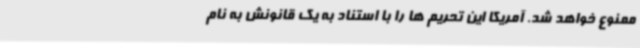
ممنوع خواهد شد. آمریکا این تحریم ها را با استناد به یک قانونش به نام